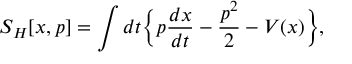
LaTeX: S _ { H } [ x , p ] = \int d t \Big \{ p \frac { d x } { d t } - \frac { p ^ { 2 } } { 2 } - V ( x ) \Big \} ,